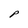
Character: P